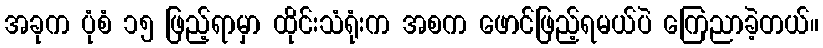
အခုက ပုံစံ ၁၅ ဖြည့်ရာမှာ ထိုင်းသံရုံးက အစက ဖောင်ဖြည့်ရမယ်ပဲ ကြေညာခဲ့တယ်။